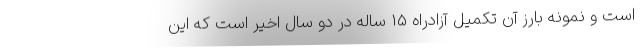
است و نمونه بارز آن تکمیل آزادراه 15 ساله در دو سال اخیر است که این